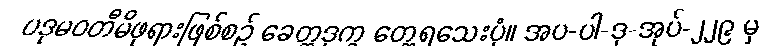
ပဒုမဝတီမိဖုရားဖြစ်စဉ် ခေတ္တဒုက္ခ တွေ့ရသေးပုံ။ အပ-ပါ-ဒု-အုပ်-၂၂၉ မှ